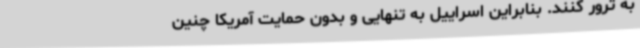
به ترور کنند. بنابراین اسراییل به تنهایی و بدون حمایت آمریکا چنین